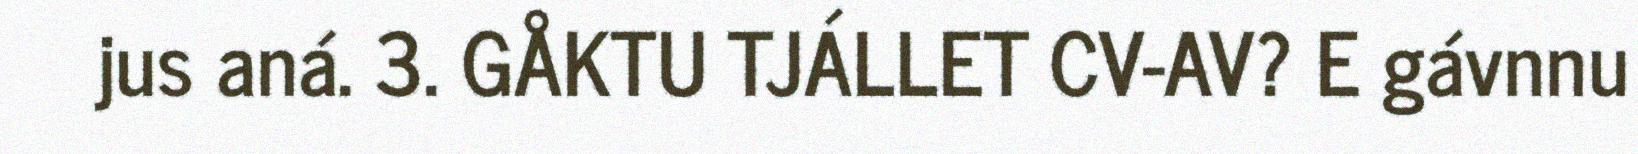
jus aná. 3. GÅKTU TJÁLLET CV-AV? E gávnnu